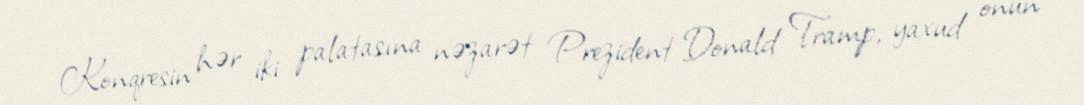
Konqresin hər iki palatasına nəzarət Prezident Donald Tramp, yaxud onun